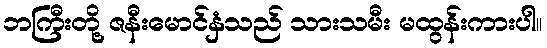
ဘကြီးတို့ ဇနီးမောင်နှံသည် သားသမီး မထွန်းကားပါ။